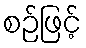
စဉ်ဖြင့်